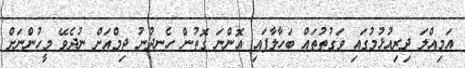
އަމިއްލަ ދިރިއުޅުމުގައި ވަގުތުތައް ބަހާލާފައި އޮންނަ ގޮތުން ހެނދުނު ޖިމްއަށް ނުދެވޭ މީހުންނަށް